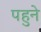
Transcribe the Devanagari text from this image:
पहुने